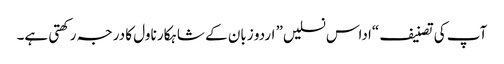
آپ کی تصنیف “اداس نسلیں” اردو زبان کے شاہکار ناول کا درجہ رکھتی ہے۔